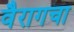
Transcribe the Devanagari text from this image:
वैरागचा